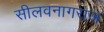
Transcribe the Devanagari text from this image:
सीलवनागराज